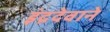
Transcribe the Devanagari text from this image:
इंद्रदेवाने